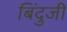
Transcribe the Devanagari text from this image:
बिंदुजी